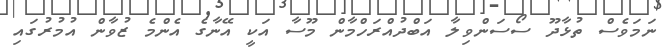
ނަމަވެސް ތުޅާދޫ ސޯސަންވިލާ އަބްދުއްރަހްމާން މޫސާ އަކީ އޭނާގެ އެންމެ ޒުވާން އުމުރުގައި